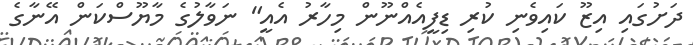
ދަށުގައި އިޒޫ ކައިވެނި ކުރި ޑިފީއެއްނޫން މިހާރު އެއީ" ނަވާލުގެ މާޔޫސްކަން އޭނާގެ